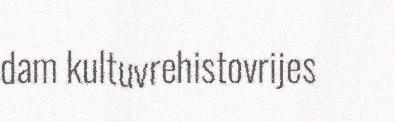
dam kultuvrehistovrijes